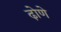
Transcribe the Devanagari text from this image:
ढ़ोणे